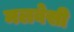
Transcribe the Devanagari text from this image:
मलवेसी